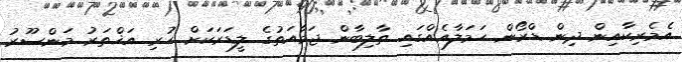
އެމެރިކާއިން ދިން ޑްރޯން ހަމަލާއެއްގައި ތާލިބާން ޖަމާއަތުގެ ލީޑަރަކަށް ހުރި އަޚްތަރު މަންސޫރު